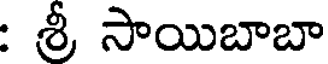
: శ్రీ సాయిబాబా